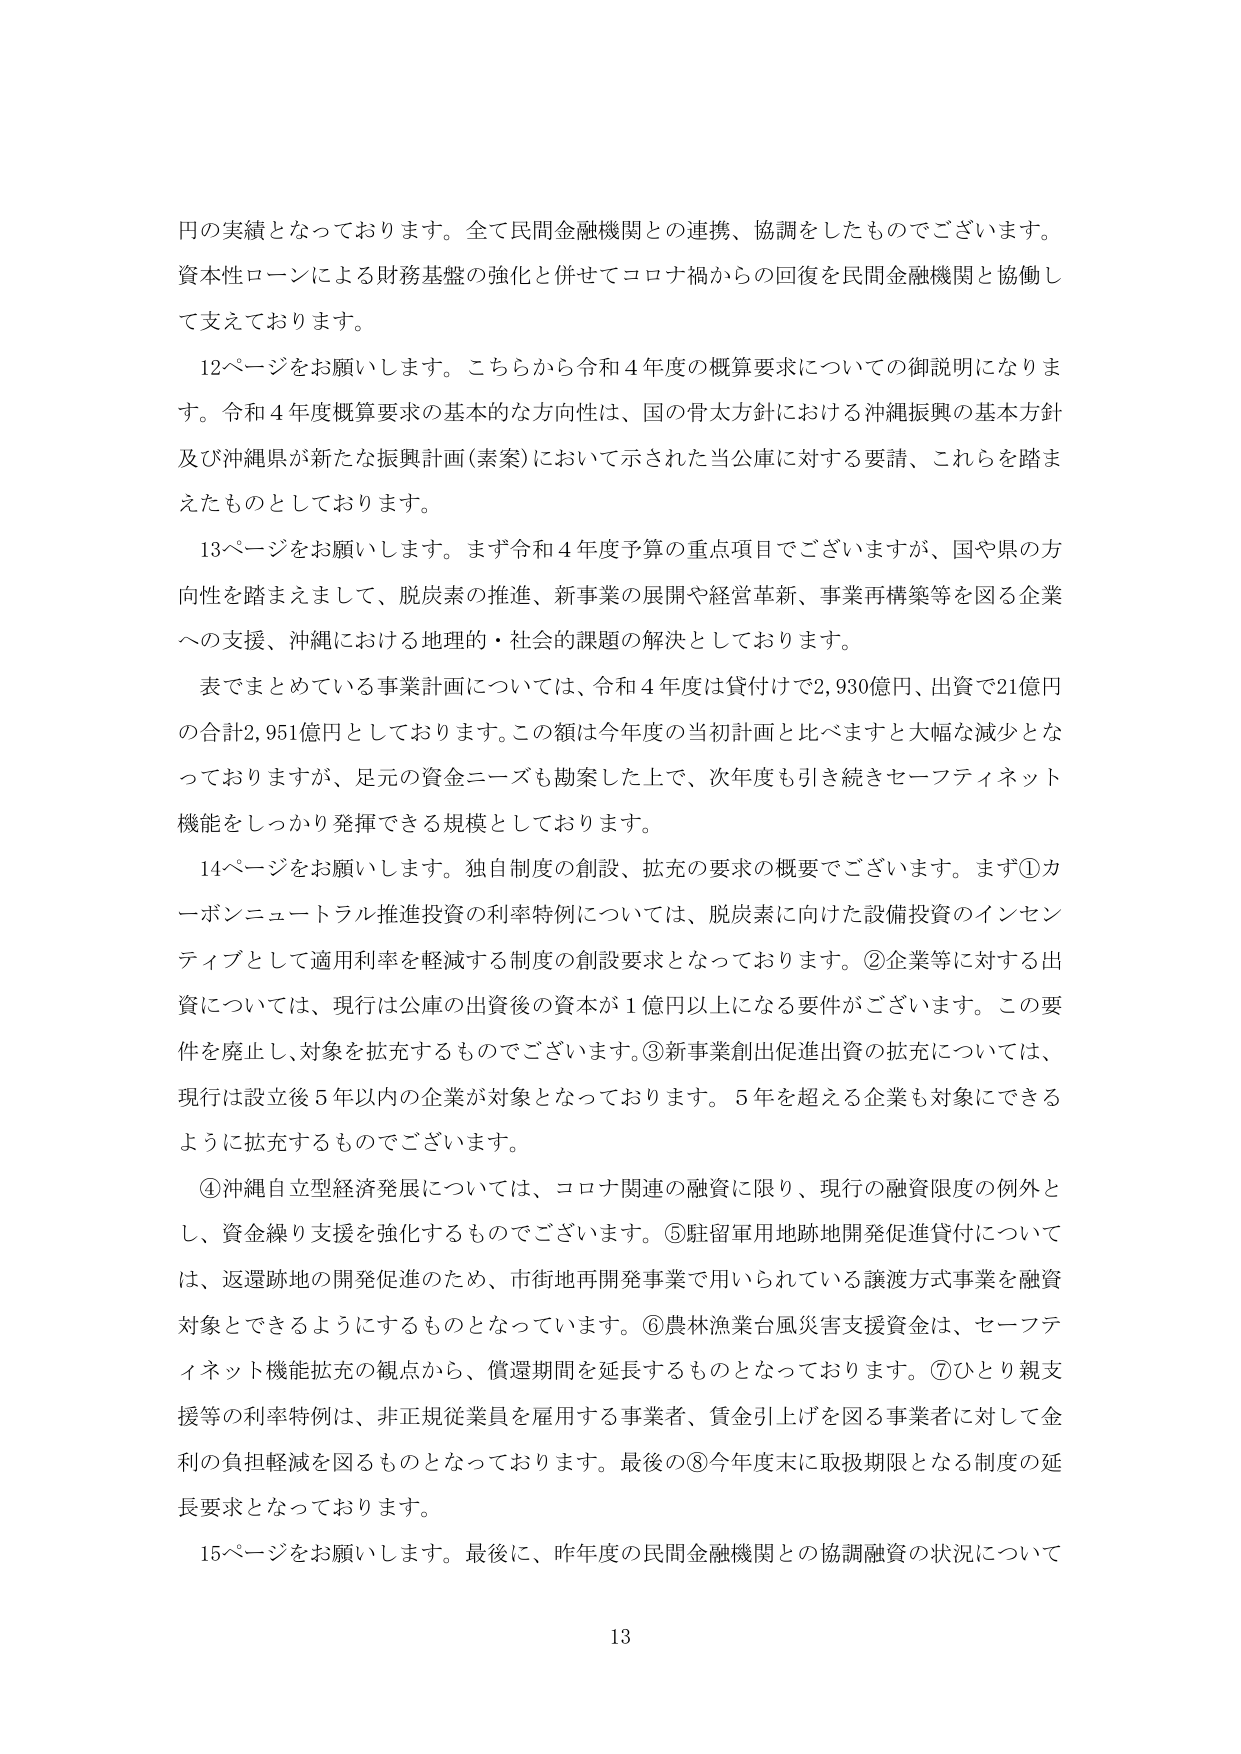
円の実績となっております。全て民間金融機関との連携、協調をしたものでございます。
資本性ローンによる財務基盤の強化と併せてコロナ禍からの回復を民間金融機関と協働して支えております。

12ページをお願いします。こちらから令和4年度の概算要求についての御説明になります。令和4年度概算要求の基本的な方向性は、国の骨太方針における沖縄振興の基本方針及び沖縄県が新たな振興計画（素案）において示された当公庫に対する要請、これらを踏まえたものとしております。

13ページをお願いします。まず令和4年度予算の重点項目でございますが、国や県の方向性を踏まえまして、脱炭素の推進、新事業の展開や経営革新、事業再構築等を図る企業への支援、沖縄における地理的・社会的課題の解決としております。

表でまとめている事業計画については、令和4年度は貸付けで2,930億円、出資で21億円の合計2,951億円としております。この額は今年度の当初計画と比べますと大幅な減少となっておりますが、足元の資金ニーズも勘案した上で、次年度も引き続きセーフティネット機能をしっかり発揮できる規模としております。

14ページをお願いします。独自制度の創設、拡充の要求の概要でございます。まず①カーボンニュートラル推進投資の利率特例については、脱炭素に向けた設備投資のインセンティブとして適用利率を軽減する制度の創設要求となっております。②企業等に対する出資については、現行は公庫の出資後の資本が1億円以上になる要件がございます。この要件を廃止し、対象を拡充するものでございます。③新事業創出促進出資の拡充については、現行は設立後5年以内の企業が対象となっております。5年を超える企業も対象にできるように拡充するものでございます。

④沖縄自立型経済発展については、コロナ関連の融資に限り、現行の融資限度の例外とし、資金繰り支援を強化するものでございます。⑤駐留軍用地跡地開発促進貸付については、返還跡地の開発促進のため、市街地再開発事業で用いられている譲渡方式事業を融資対象とできるようにするものとなっています。⑥農林漁業台風災害支援資金は、セーフティネット機能拡充の観点から、償還期間を延長するものとなっております。⑦ひとり親支援等の利率特例は、非正規従業員を雇用する事業者、賃金引上げを図る事業者に対して金利の負担軽減を図るものとなっております。最後の⑧今年度末に取扱期限となる制度の延長要求となっております。

15ページをお願いします。最後に、昨年度の民間金融機関との協調融資の状況について

13